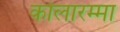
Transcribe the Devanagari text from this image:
कोलारम्मा